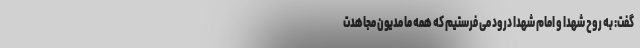
گفت: به روح شهدا و امام شهدا درود می فرستیم که همه ما مدیون مجاهدت